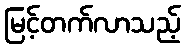
မြင့်တက်လာသည့်